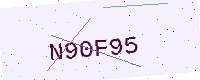
Text: N90F95